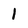
Character: 1